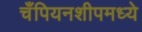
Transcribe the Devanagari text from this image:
चँपियनशीपमध्ये